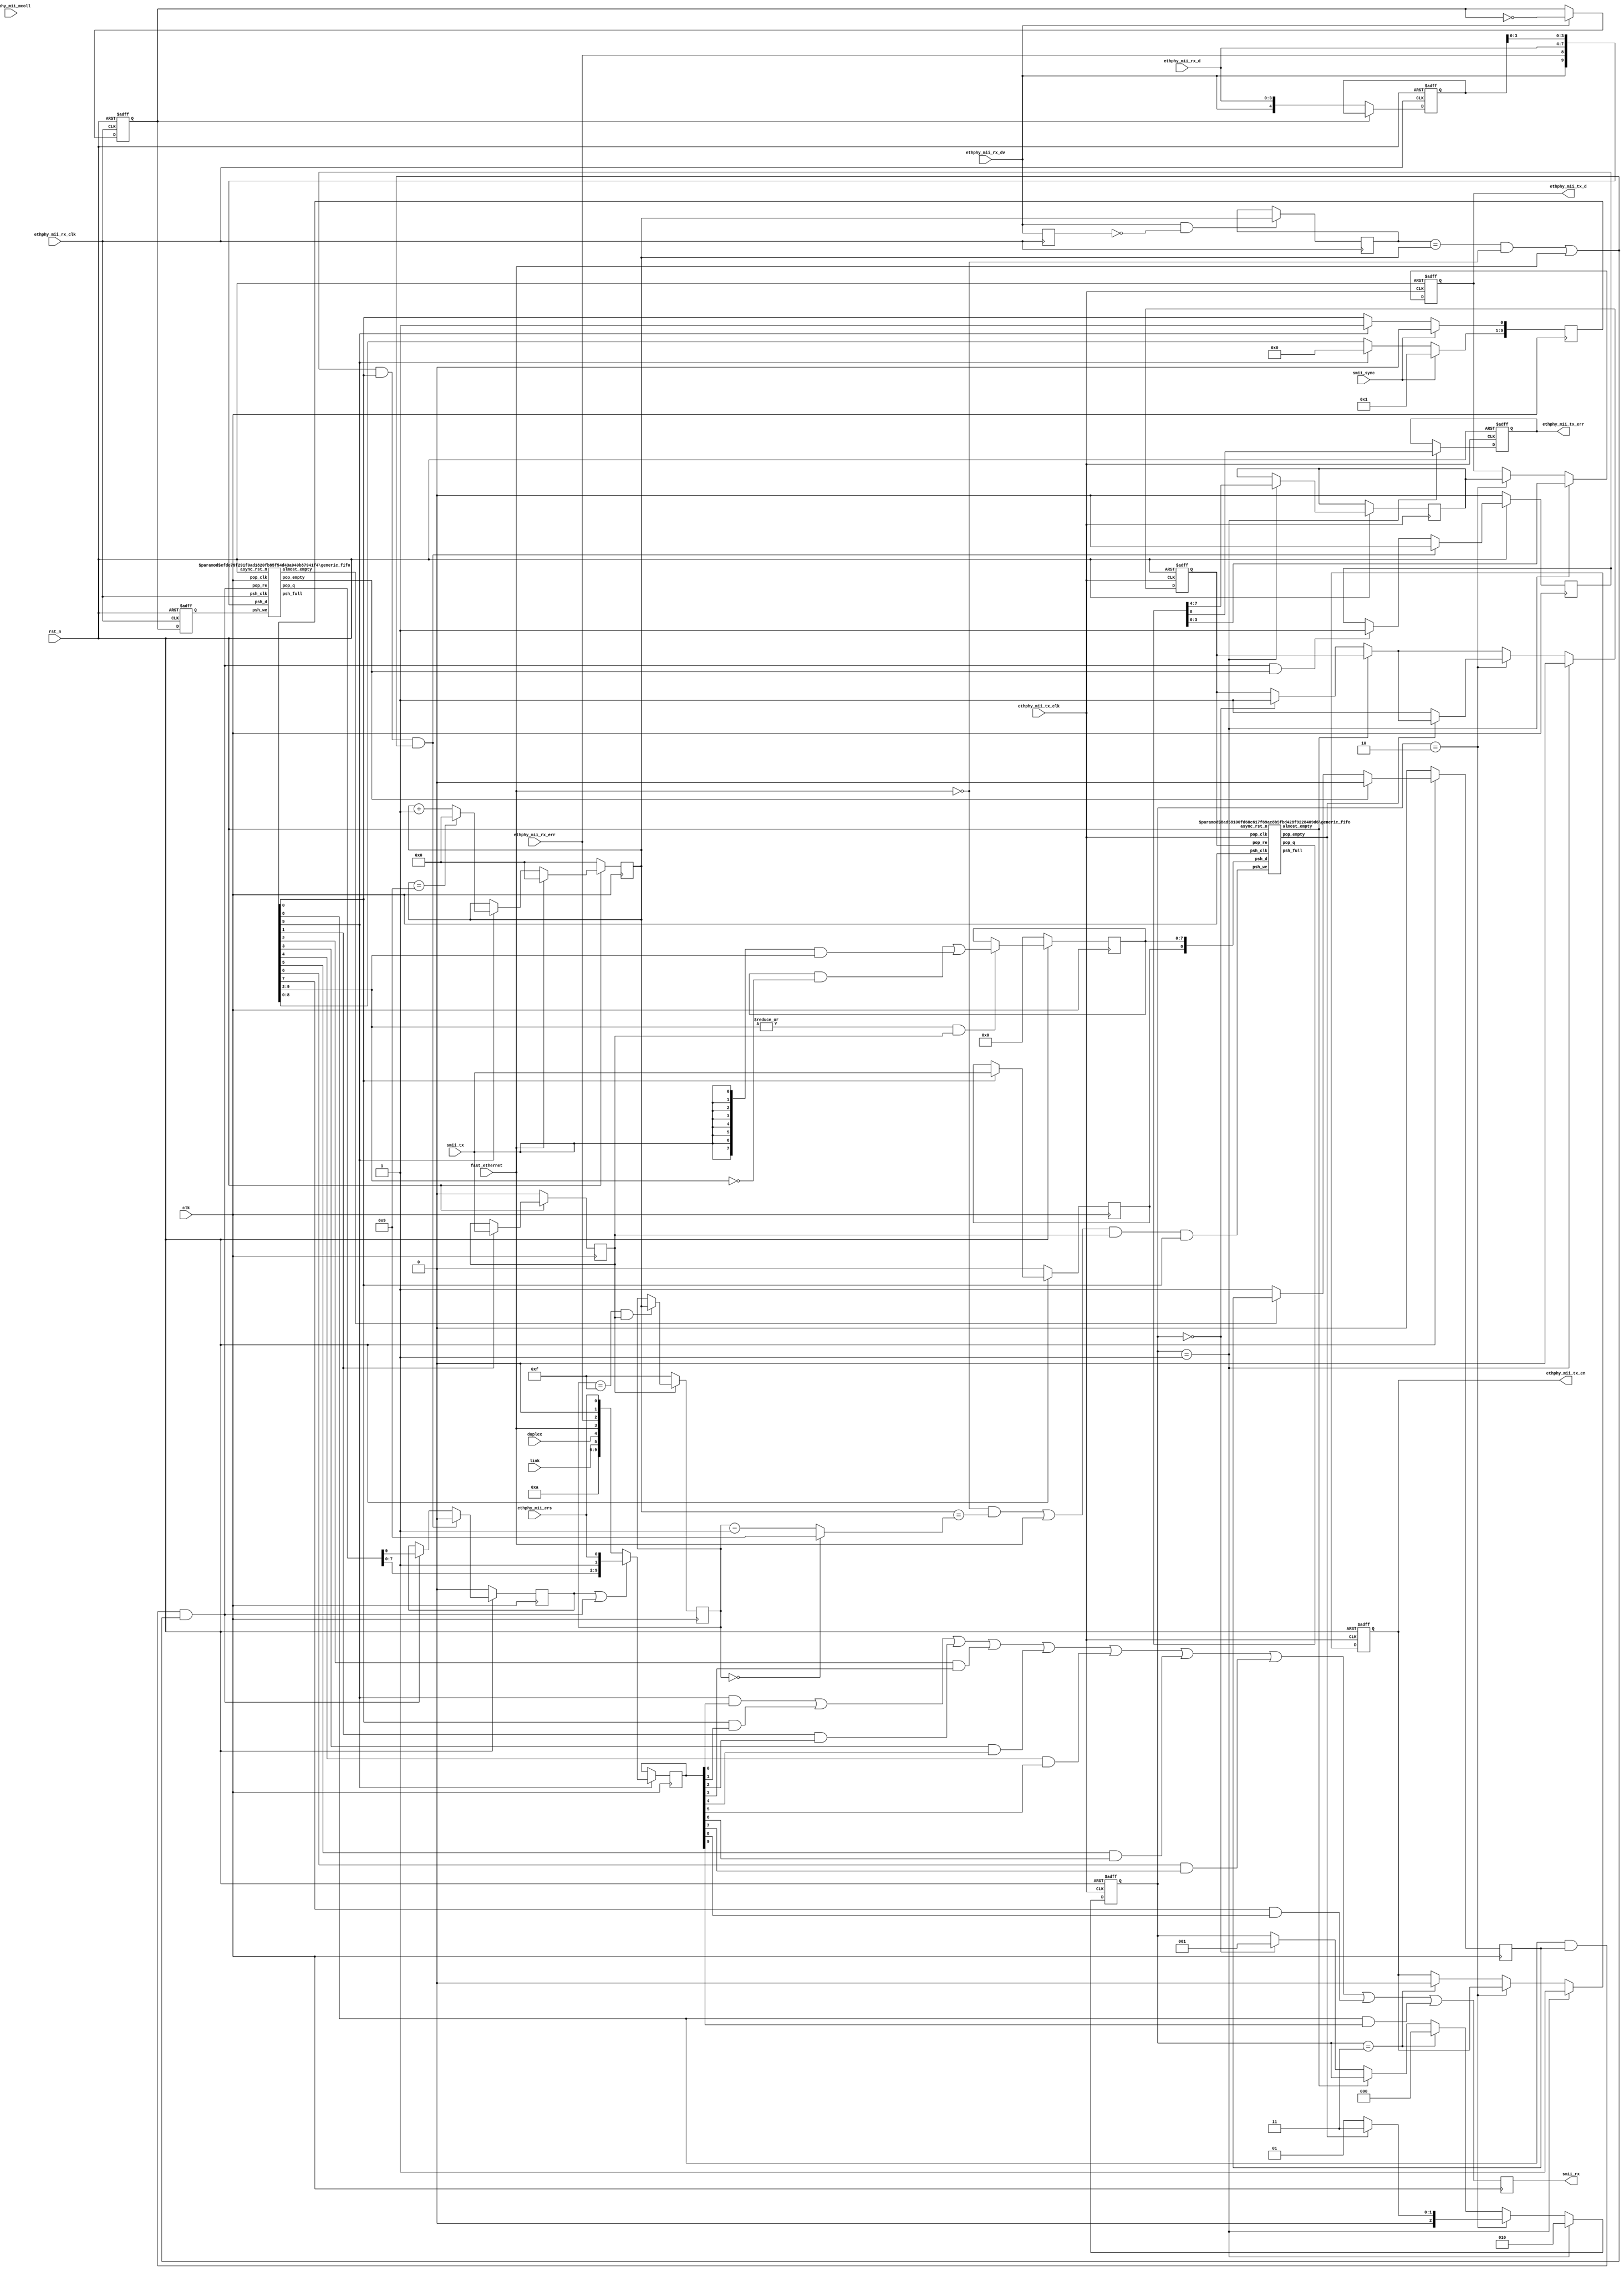
//////////////////////////////////////////////////////////////////////
////                                                              ////
////  SMII Receiver/Decoder (usually at PHY end)                  ////
////                                                              ////
////  Description                                                 ////
////  Low pin count serial MII ethernet interface                 ////
////                                                              ////
////  To Do:                                                      ////
////   -                                                          ////
////                                                              ////
////  Author(s):                                                  ////
////      - Michael Unneback, unneback@opencores.org              ////
////        ORSoC AB          michael.unneback@orsoc.se           ////
////      - Julius Baxter, jb@orsoc.se                            ////
////                                                              ////
//////////////////////////////////////////////////////////////////////
////                                                              ////
//// Copyright (C) 2009 Authors and OPENCORES.ORG                 ////
////                                                              ////
//// This source file may be used and distributed without         ////
//// restriction provided that this copyright statement is not    ////
//// removed from the file and that any derivative work contains  ////
//// the original copyright notice and the associated disclaimer. ////
////                                                              ////
//// This source file is free software; you can redistribute it   ////
//// and/or modify it under the terms of the GNU Lesser General   ////
//// Public License as published by the Free Software Foundation; ////
//// either version 2.1 of the License, or (at your option) any   ////
//// later version.                                               ////
////                                                              ////
//// This source is distributed in the hope that it will be       ////
//// useful, but WITHOUT ANY WARRANTY; without even the implied   ////
//// warranty of MERCHANTABILITY or FITNESS FOR A PARTICULAR      ////
//// PURPOSE.  See the GNU Lesser General Public License for more ////
//// details.                                                     ////
////                                                              ////
//// You should have received a copy of the GNU Lesser General    ////
//// Public License along with this source; if not, download it   ////
//// from http://www.opencores.org/lgpl.shtml                     ////
////                                                              ////
//////////////////////////////////////////////////////////////////////
module smii_phy
  (
   // SMII
    input     smii_tx,
    input     smii_sync,
    output reg    smii_rx,
   
   // MII
   // TX
   /* ALL I/Os swapped compared to SMII on MAC end MAC - jb */
    output reg [3:0] ethphy_mii_tx_d,
    output reg 	     ethphy_mii_tx_en,
    output reg 	     ethphy_mii_tx_err,
    input 	     ethphy_mii_tx_clk,
   // RX
    input [3:0]      ethphy_mii_rx_d,
    input 	     ethphy_mii_rx_dv,
    input 	     ethphy_mii_rx_err,
    input 	     ethphy_mii_rx_clk,
    input 	     ethphy_mii_mcoll,
    input 	     ethphy_mii_crs,

    input 	     fast_ethernet,
    input 	     duplex,
    input 	     link,

   // internal
    //input [10:1] state,
   // clock and reset
    input 	 clk, /* Global reference clock for both SMII modules */
    input 	 rst_n
   );

   reg [3:0] 	 rx_tmp;
   
   reg 		 jabber = 0;

   reg 		 mtx_clk_tmp, mrx_clk_tmp;

   reg [3:0] 	 tx_cnt;
   reg [3:0] 	 rx_cnt;

   
/**************************************************************************/
/* Counters */
/**************************************************************************/

   /* Generate the state counter, based on incoming sync signal */
   /* 10-bit shift register, indicating where we are */
   reg [10:1] 	 state_shiftreg;
   
   /* A wire hooked up from bit 0 with the last byte of the state counter/shiftreg */
   wire [7:0] state_shiftreg_top_byte;
   assign state_shiftreg_top_byte[7:0] = state_shiftreg[10:3];

   always @(posedge clk)
     begin
	if (smii_sync) /* sync signal from MAC */
	  state_shiftreg <= 10'b0000000010;
	else if (state_shiftreg[10])
	  state_shiftreg <= 10'b0000000001;
	else
	  state_shiftreg[10:2] <= state_shiftreg[9:1];
     end

   /* counter from 0 to 9, counting the 10-bit segments we'll transmit
    via SMII*/
   reg [3:0] segment_ctr; 

   always @(posedge clk)
     begin
	if(!rst_n)
	  segment_ctr <= 4'h0;
	else
	  begin
 	     if(fast_ethernet) /* If using 100Mbs, then each segment is 
			    different, we don't count the repeats */
	       segment_ctr <= 4'h0;
	     else if (state_shiftreg[10])
	       if (segment_ctr == 4'h9) /* Wrap */
		 segment_ctr <= 4'h0;
	       else /* Increment */
		 segment_ctr <= segment_ctr + 1'b1;
	  end
     end // always @ (posedge clk)

 
/**************************************************************************/
/* RX path logic PHY->(MII->SMII)->MAC */
/**************************************************************************/

   reg [7:0] rx_data_byte_rx_clk;

   reg [4:0] rx_dv_nib_0;
   reg 	     rx_nib_first,rx_nib_first_r;  // if high, nib_0 contains the "first" of the pair of nibs
   reg [3:0] rx_segment_begin_num;

   // Allow us to check if RX DV has been low for a while
   reg [3:0] rx_dv_long_low_sr;
   wire      dv_long_low;   
   always @(posedge ethphy_mii_rx_clk)
     rx_dv_long_low_sr[3:0] <= {rx_dv_long_low_sr[2:0], ethphy_mii_rx_dv};
   assign rx_dv_long_low = ~(|rx_dv_long_low_sr);
   wire [9:0] rx_fifo_out;
   wire       rx_fifo_empty,rx_fifo_almost_empty;
   
   always @(posedge ethphy_mii_rx_clk or negedge rst_n)
     begin
	if(!rst_n)
	  begin
	     rx_dv_nib_0 <= 0;
	     rx_nib_first <= 0;
	     rx_nib_first_r <= 0;
	  end
	else
	  begin
	     if (!rx_nib_first)
	       rx_dv_nib_0 <= {ethphy_mii_rx_dv,ethphy_mii_rx_d};
	     if(ethphy_mii_rx_dv)
	       rx_nib_first <= ~rx_nib_first;

	     rx_nib_first_r <= rx_nib_first;
	     
	  end
     end // always @ (posedge ethphy_mii_rx_clk or negedge rst_n)

   wire rx_fifo_pop;
   
  
   reg ethphy_mii_rx_dv_r;
   wire ethphy_mii_rx_dv_re;
   wire ethphy_mii_rx_dv_fe;
   
   always @(posedge ethphy_mii_rx_clk)
	ethphy_mii_rx_dv_r <= ethphy_mii_rx_dv;

   assign ethphy_mii_rx_dv_re = ethphy_mii_rx_dv & !ethphy_mii_rx_dv_r;
   assign ethphy_mii_rx_dv_fe = !ethphy_mii_rx_dv & ethphy_mii_rx_dv_r;
   
   reg 	rx_fifo_final_pop;

   always @(posedge clk)
     if (!rst_n)
       rx_fifo_final_pop <= 0;
     else if (rx_fifo_final_pop & state_shiftreg[1] & 
	      (((rx_segment_begin_num == segment_ctr) & !fast_ethernet) | fast_ethernet))
       rx_fifo_final_pop <= 0;
     else if (rx_fifo_pop & rx_fifo_empty)
       rx_fifo_final_pop <= 1;
   
   always @(posedge ethphy_mii_rx_clk)
	if (ethphy_mii_rx_dv_re)
	  rx_segment_begin_num <= segment_ctr;

   reg do_fifo_pop;
   always @(posedge clk)
     if (!rst_n)
       do_fifo_pop <= 0;
     else if (rx_fifo_empty)
       do_fifo_pop <= 0;
     else if (!rx_fifo_almost_empty)
       do_fifo_pop <= 1;		 
   
   assign rx_fifo_pop = (state_shiftreg[9] & do_fifo_pop) & 
			(((rx_segment_begin_num == segment_ctr) & !fast_ethernet) 
			 | fast_ethernet);

   reg rx_dv_r;
   wire rx_dv;
   
   // Error where rx_dv goes high one cycle too late, so is low for very first data frame - FIXME!
   //reg rx_dv;
   always @(posedge clk)
     if (!rst_n)
       rx_dv_r <= 0;
     else if (rx_fifo_final_pop & state_shiftreg[1] & 
	      (((rx_segment_begin_num == segment_ctr) & !fast_ethernet) | fast_ethernet))
       rx_dv_r <= 0;
     else if (rx_fifo_pop)
       rx_dv_r <= rx_fifo_out[9];

   assign rx_dv = rx_dv_r | rx_fifo_pop;
   

   reg sending_segment;
   always @(posedge clk)
     if (!rst_n)
       sending_segment <= 0;
     else if (rx_fifo_final_pop & state_shiftreg[1] & (((rx_segment_begin_num == segment_ctr) & !fast_ethernet) | fast_ethernet))
       sending_segment <= 0;
     else if ((state_shiftreg[9] & do_fifo_pop) & (((rx_segment_begin_num == segment_ctr) & !fast_ethernet) | fast_ethernet))
       sending_segment <= !rx_fifo_empty;
      
     /* A fifo, storing RX bytes coming from the PHY interface */
   generic_fifo #(10, 1024, 10) rx_fifo
     (
      // Outputs
      .psh_full				(),
      .pop_q				(rx_fifo_out),
      .pop_empty			(rx_fifo_empty),
      .almost_empty                     (rx_fifo_almost_empty),
      // Inputs
      .async_rst_n			(rst_n),
      .psh_clk				(ethphy_mii_rx_clk),
      .psh_we				(rx_nib_first_r),
      .psh_d				({ethphy_mii_rx_dv,ethphy_mii_rx_err,ethphy_mii_rx_d,rx_dv_nib_0[3:0]}),
      .pop_clk				(clk),
      .pop_re				(rx_fifo_pop)
      );

   reg [9:0] smii_rx_frame_next;
   always @(posedge clk)
     if (state_shiftreg[10])
       smii_rx_frame_next <= rx_dv ? {rx_fifo_out[7:0],1'b1,ethphy_mii_crs} :
			     {3'b101,jabber,link,duplex,fast_ethernet,
			      ethphy_mii_rx_err,1'b0,ethphy_mii_crs};

   always @(posedge clk)
     smii_rx <= state_shiftreg[10] &  smii_rx_frame_next[0] |
		state_shiftreg[1] &  smii_rx_frame_next[1] |
		state_shiftreg[2] &  smii_rx_frame_next[2] |
		state_shiftreg[3] &  smii_rx_frame_next[3] |
		state_shiftreg[4] &  smii_rx_frame_next[4] |
		state_shiftreg[5] &  smii_rx_frame_next[5] |
		state_shiftreg[6] &  smii_rx_frame_next[6] |
		state_shiftreg[7] &  smii_rx_frame_next[7] |
		state_shiftreg[8] &  smii_rx_frame_next[8] |
		state_shiftreg[9] &  smii_rx_frame_next[9];
   
		
   
   reg [79:0] rx_statename;
  always @* begin
    case (1)
      state_shiftreg[1]   :
        rx_statename = "CRS";
      state_shiftreg[2] :
        rx_statename = "RX_DV";
      state_shiftreg[3]:
        rx_statename = "RXD0/RXERR";
      state_shiftreg[4]:
        rx_statename = "RXD1/Fast";
      state_shiftreg[5]:
        rx_statename = "RXD2/Dupl";
      state_shiftreg[6]:
        rx_statename = "RXD3/Link";
      state_shiftreg[7]:
        rx_statename = "RXD4/Jabb";
      state_shiftreg[8]:
        rx_statename = "RXD5/UNV";
      state_shiftreg[9]:
        rx_statename = "RXD6/FCD";
      state_shiftreg[10] :
        rx_statename = "RXD7/AS1";
      default:
        rx_statename = "XXXXXXX";
    endcase // case (1)
  end // always @ *
   
   

   /* Status seq.: CRS, DV, ER, Speed, Duplex, Link, Jabber, UPV, FCD, 1 */
   //    {1'b1,1'b0,1'b1,jabber,link,duplex,,ethphy_mii_rx_err});
 

/**************************************************************************/
/* TX path logic MAC->(SMII->MII)->PHY */
/**************************************************************************/

   /* We ignore the data when TX_EN bit is not high - 
    it's only used in MAC to MAC comms*/


   /* Register the sequence appropriately as it comes in */
   reg tx_er_seqbit_scratch;
   reg tx_en_seqbit_scratch;
   reg [7:0] tx_data_byte_scratch;

   reg [2:0] tx_byte_to_phy; /* PHY sourced TX_CLK domain */
   
   wire      tx_fifo_empty, tx_fifo_almost_empty;
   wire      tx_fifo_full;
   wire [7:0] tx_fifo_q_dat;
   wire       tx_fifo_q_err;
   reg 	      tx_fifo_pop;
   reg [3:0]  tx_segment_begin_num;
   wire [3:0] tx_segment_load_num;
   
   assign tx_segment_load_num = (tx_segment_begin_num == 0) ? 4'h9 : tx_segment_begin_num - 1;
   
   /* Signal to tell us an appropriate time to copy the values out of the 
    temp regs we put the incoming TX line into when we've received a 
    sequence off the SMII TX line that has TX_EN high */
   wire      tx_seqbits_copy;
   assign tx_seqbits_copy = (
			     (
			      ((!fast_ethernet) & (segment_ctr == tx_segment_load_num)) | 
			      fast_ethernet
			     )
			     & tx_en_seqbit_scratch & state_shiftreg[1]
			    );

   always @(posedge clk)
     begin
	/* remember which counter value we were at when tx enable/valid
	 went high.	 
	 This is only useful when not doing fast ethernet*/

	/* tx en has gone high - remember the sequence number we're in */
	if ((tx_segment_begin_num == 4'hf) & (tx_en_seqbit_scratch))
	  tx_segment_begin_num <= segment_ctr;
	
	/* If tx enable goes low again, reset the segment number */  
	if (!tx_en_seqbit_scratch)
	     /* reset to 0xf */
	     tx_segment_begin_num <= 4'hf;
     end
   

   always @(posedge clk)
     begin
	if (!rst_n)
	  begin
	     tx_er_seqbit_scratch <= 0;
	     tx_en_seqbit_scratch <= 0;
	     tx_data_byte_scratch <= 0;
	  end
	else
	  begin
	     if(state_shiftreg[1])
	       tx_er_seqbit_scratch <= smii_tx;
	     
	     if(state_shiftreg[2])
	       tx_en_seqbit_scratch <= smii_tx;
	     
	     /* Preserve all but current bit of interest, as indicated
	      by state vector bit (reversed, becuase we get MSbit 
	      first) and OR in the current smii_tx line value at this 
	      position*/
	     if((|state_shiftreg[10:3]) & tx_en_seqbit_scratch)
	       tx_data_byte_scratch <= (tx_data_byte_scratch & ~state_shiftreg_top_byte) |
				       ({8{smii_tx}} & state_shiftreg_top_byte);
	     
	  end
     end // always @ (posedge clk)
   
   reg [3:0] nib;
   
   
   
   /* In the event we have a valid byte frame then get it to the 
    PHY as quickly as possible - this is TX_CLK domain */
   always @(posedge ethphy_mii_tx_clk or negedge rst_n)
     begin
	if(!rst_n)
	  begin
	     tx_byte_to_phy <= 0;
	     tx_fifo_pop <= 1'b0;
	     /* Output MII registers to the PHY */
	     ethphy_mii_tx_d <= 0;
	     ethphy_mii_tx_en <= 0;
	     ethphy_mii_tx_err <= 0;
	     
	  end
	else
	  begin
	     /* If fast_ethernet/100mbs we wait until the FIFO is full
	      otherwise, we push out the byte each time we get one */
	     //if((!tx_fifo_empty && !fast_ethernet) ||
	     //(tx_fifo_full && fast_ethernet))
	     if (!tx_fifo_almost_empty)
	       begin
		  if(tx_byte_to_phy == 0) 
		    begin
		       tx_byte_to_phy <= 1;
		       tx_fifo_pop <= 1;		       
		    end
	       end
	     
	     /* FIFO control loop */
	     if (tx_byte_to_phy == 1)/* Output bits 3-0 (bottom nibble ) */
	       begin

		  ethphy_mii_tx_en <= 1;		  

		  tx_fifo_pop <= 0;
		  
		  tx_byte_to_phy <= 2;

		  ethphy_mii_tx_d <= tx_fifo_q_dat[3:0];
		  nib <= tx_fifo_q_dat[7:4];
		  ethphy_mii_tx_err <= tx_fifo_q_err;

	       end
	     else if (tx_byte_to_phy == 2) /* Output bits 7-4 (top nibble) */
	       begin
		  //ethphy_mii_tx_d <= tx_fifo_q_dat[7:4];
		  
		  ethphy_mii_tx_d <= nib;
		  
		  if(!tx_fifo_empty) /* Check if more in FIFO */
		    begin
		       tx_fifo_pop <= 1;
		       tx_byte_to_phy <= 1;
		    end
		  else /* Finish up */
		    begin
		       tx_byte_to_phy <= 3;
		    end
	       end
	     else if (tx_byte_to_phy == 3) /* De-assert TX_EN */
	       begin
		  tx_byte_to_phy <= 2'b00;
		  ethphy_mii_tx_en <= 0;
	       end
	  end // else: !if(!rst_n)
     end // always @ (posedge ethphy_mii_tx_clk or negedge rst_n)

   /* A fifo, storing TX bytes coming from the SMII interface */
   generic_fifo #(9, 64, 6) tx_fifo
     (
      // Outputs
      .psh_full				(tx_fifo_full),
      .pop_q				({tx_fifo_q_err,tx_fifo_q_dat}),
      .pop_empty			(tx_fifo_empty),
      .almost_empty                     (tx_fifo_almost_empty),
      // Inputs
      .async_rst_n			(rst_n),
      .psh_clk				(clk),
      .psh_we				(tx_seqbits_copy),
      .psh_d				({tx_er_seqbit_scratch,tx_data_byte_scratch}),
      .pop_clk				(ethphy_mii_tx_clk),
      .pop_re				(tx_fifo_pop));
   
   
   //assign mcoll = mcrs & mtxen;
   
endmodule // smii_top



/* Generic fifo - this is bad, should probably be done some other way */
module generic_fifo (async_rst_n, psh_clk, psh_we, psh_d, psh_full, pop_clk, pop_re, pop_q, pop_empty, almost_empty);

   parameter dw = 8;
   parameter size = 16;
   parameter size_log_2 = 4;
   
   /* Asynch. reset, active low */
   input async_rst_n;   
   
   /* Push side signals */
   input psh_clk;   
   input psh_we;   
   input [dw-1:0] psh_d;
   output 	  psh_full;
   
   /* Pop side signals */
   input 	  pop_clk;
   input 	  pop_re;
   //output reg [dw-1:0] pop_q;
   output reg [dw-1:0] pop_q;
   output 	       pop_empty;
   output wire	       almost_empty;

   integer     i;  
   
   /* Actual FIFO memory */
   reg [dw-1:0]   fifo_mem [0:size-1];

   initial
     begin
	for (i=0;i<size;i=i+1)
	  begin
	     fifo_mem[i] = {dw{1'b0}};
	  end
     end
   

   /* FIFO position ptr regs */
   reg [size_log_2 - 1 : 0 ]   wr_ptr, rd_ptr, ctr;


   /* FIFO full signal for push side */
   //assign psh_full = (ptr == size-1) ? 1 : 0;
   /* This full logic means we all but one slot in the FIFO */
   assign psh_full = ctr == size;
      
   /* FIFO empty signal for pop side */
   //assign pop_empty = (ptr == 0) ? 1 : 0;
   //assign pop_empty = ctr==0;
   assign pop_empty = rd_ptr == wr_ptr;

   assign almost_empty = ctr < 16;
   
   always @(posedge pop_re or negedge async_rst_n)
     begin
	if (!async_rst_n)
	  begin
	     rd_ptr <= 0;
	     pop_q <= 0;
	  end
	else
	  begin
	     if (!pop_empty)
	       begin
		  pop_q <= fifo_mem[rd_ptr];
		  ctr <= ctr - 1;
		  rd_ptr <= rd_ptr + 1;
	       end
		  
	  end
     end

   always @(posedge psh_we or negedge async_rst_n)
     begin
	if (!async_rst_n)
	  begin
	     for (i=0;i<size;i=i+1) fifo_mem[i] <= 0;
	     wr_ptr <= 0;
	     ctr <= 0;
	  end
	else
	  begin
	     fifo_mem[wr_ptr] <= psh_d;
	     wr_ptr <= #1 wr_ptr + 1;
	     ctr <= ctr + 1;
	  end
     end 
   
   		       
endmodule // generic_fifo